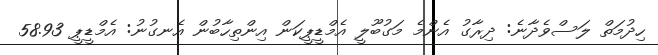
ހިދުމަތް ލަސްވެދާނެ: ދިރާގު އެންމެ މަގުބޫލީ އެމްޑީޕީކަން އިންތިހާބުން އެނގުނު: އެމްޑީޕީ 58.93